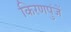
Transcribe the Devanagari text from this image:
किरणपुंजें